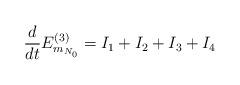
LaTeX: \begin{align*}\frac{d}{dt} E^{(3)}_{m_{N_0}} & = I_1 + I_2 + I_3 + I_4\end{align*}